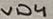
Text: VD4